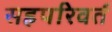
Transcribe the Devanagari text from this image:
सहपरिवर्त